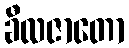
ခီလဇာတော